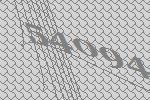
54094